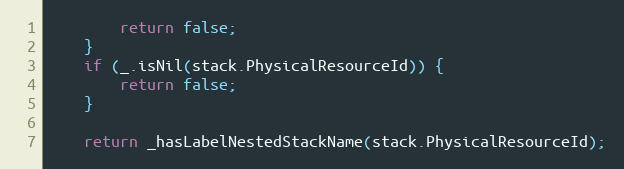
Language: JavaScript
        return false;
    }
    if (_.isNil(stack.PhysicalResourceId)) {
        return false;
    }

    return _hasLabelNestedStackName(stack.PhysicalResourceId);